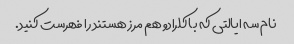
نام سه ایالتی که با کلرادو هم مرز هستند را فهرست کنید.